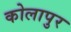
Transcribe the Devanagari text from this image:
कोलापुर